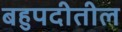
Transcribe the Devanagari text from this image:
बहुपदीतील